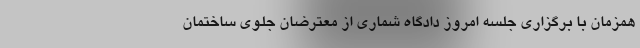
همزمان با برگزاری جلسه امروز دادگاه شماری از معترضان جلوی ساختمان